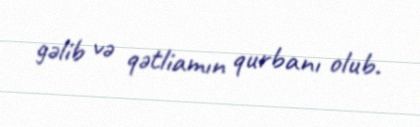
gəlib və qətliamın qurbanı olub.